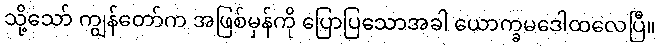
သို့သော် ကျွန်တော်က အဖြစ်မှန်ကို ပြောပြသောအခါ ယောက္ခမဒေါထလေပြီ။